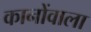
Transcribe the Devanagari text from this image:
कानोंवाला